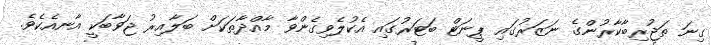
ގިނަ ތަޖުރިބާކާރުންގެ ނަޒަރުގައި ޕީނަޓް ބަޓަރުގައި އެކުލެވިގެންވާ މާއްދާތަކަށް ބަލާއިރު ޖަވާބަކީ އާނއެކެވެ.